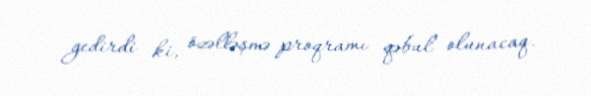
gedirdi ki, özəlləşmə proqramı qəbul olunacaq.